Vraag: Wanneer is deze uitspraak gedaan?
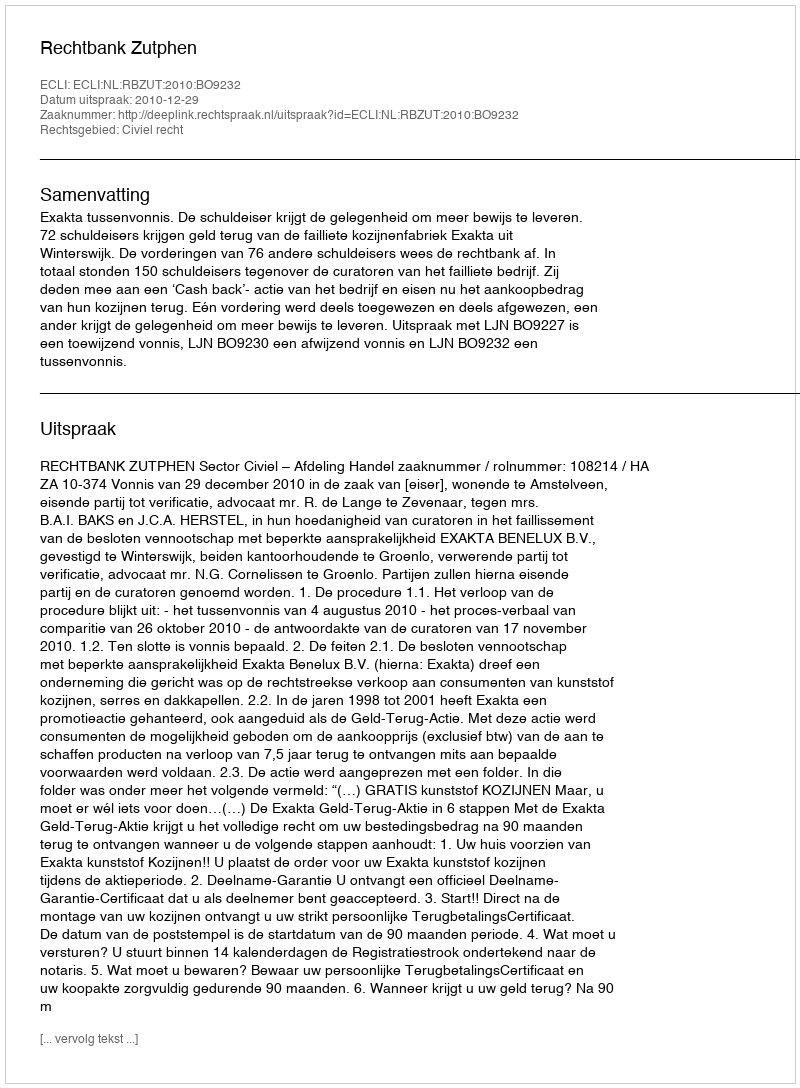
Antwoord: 2010-12-29